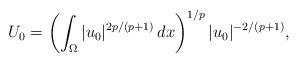
LaTeX: \begin{align*}U_0=\left(\int_\Omega|u_0|^{2p/(p+1)}\,dx\right)^{1/p}|u_{0}|^{-2/(p+1)},\end{align*}